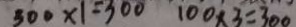
3 0 0 \times 1 = 3 0 0 1 0 0 \times 3 = 3 0 0